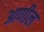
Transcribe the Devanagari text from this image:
आणील